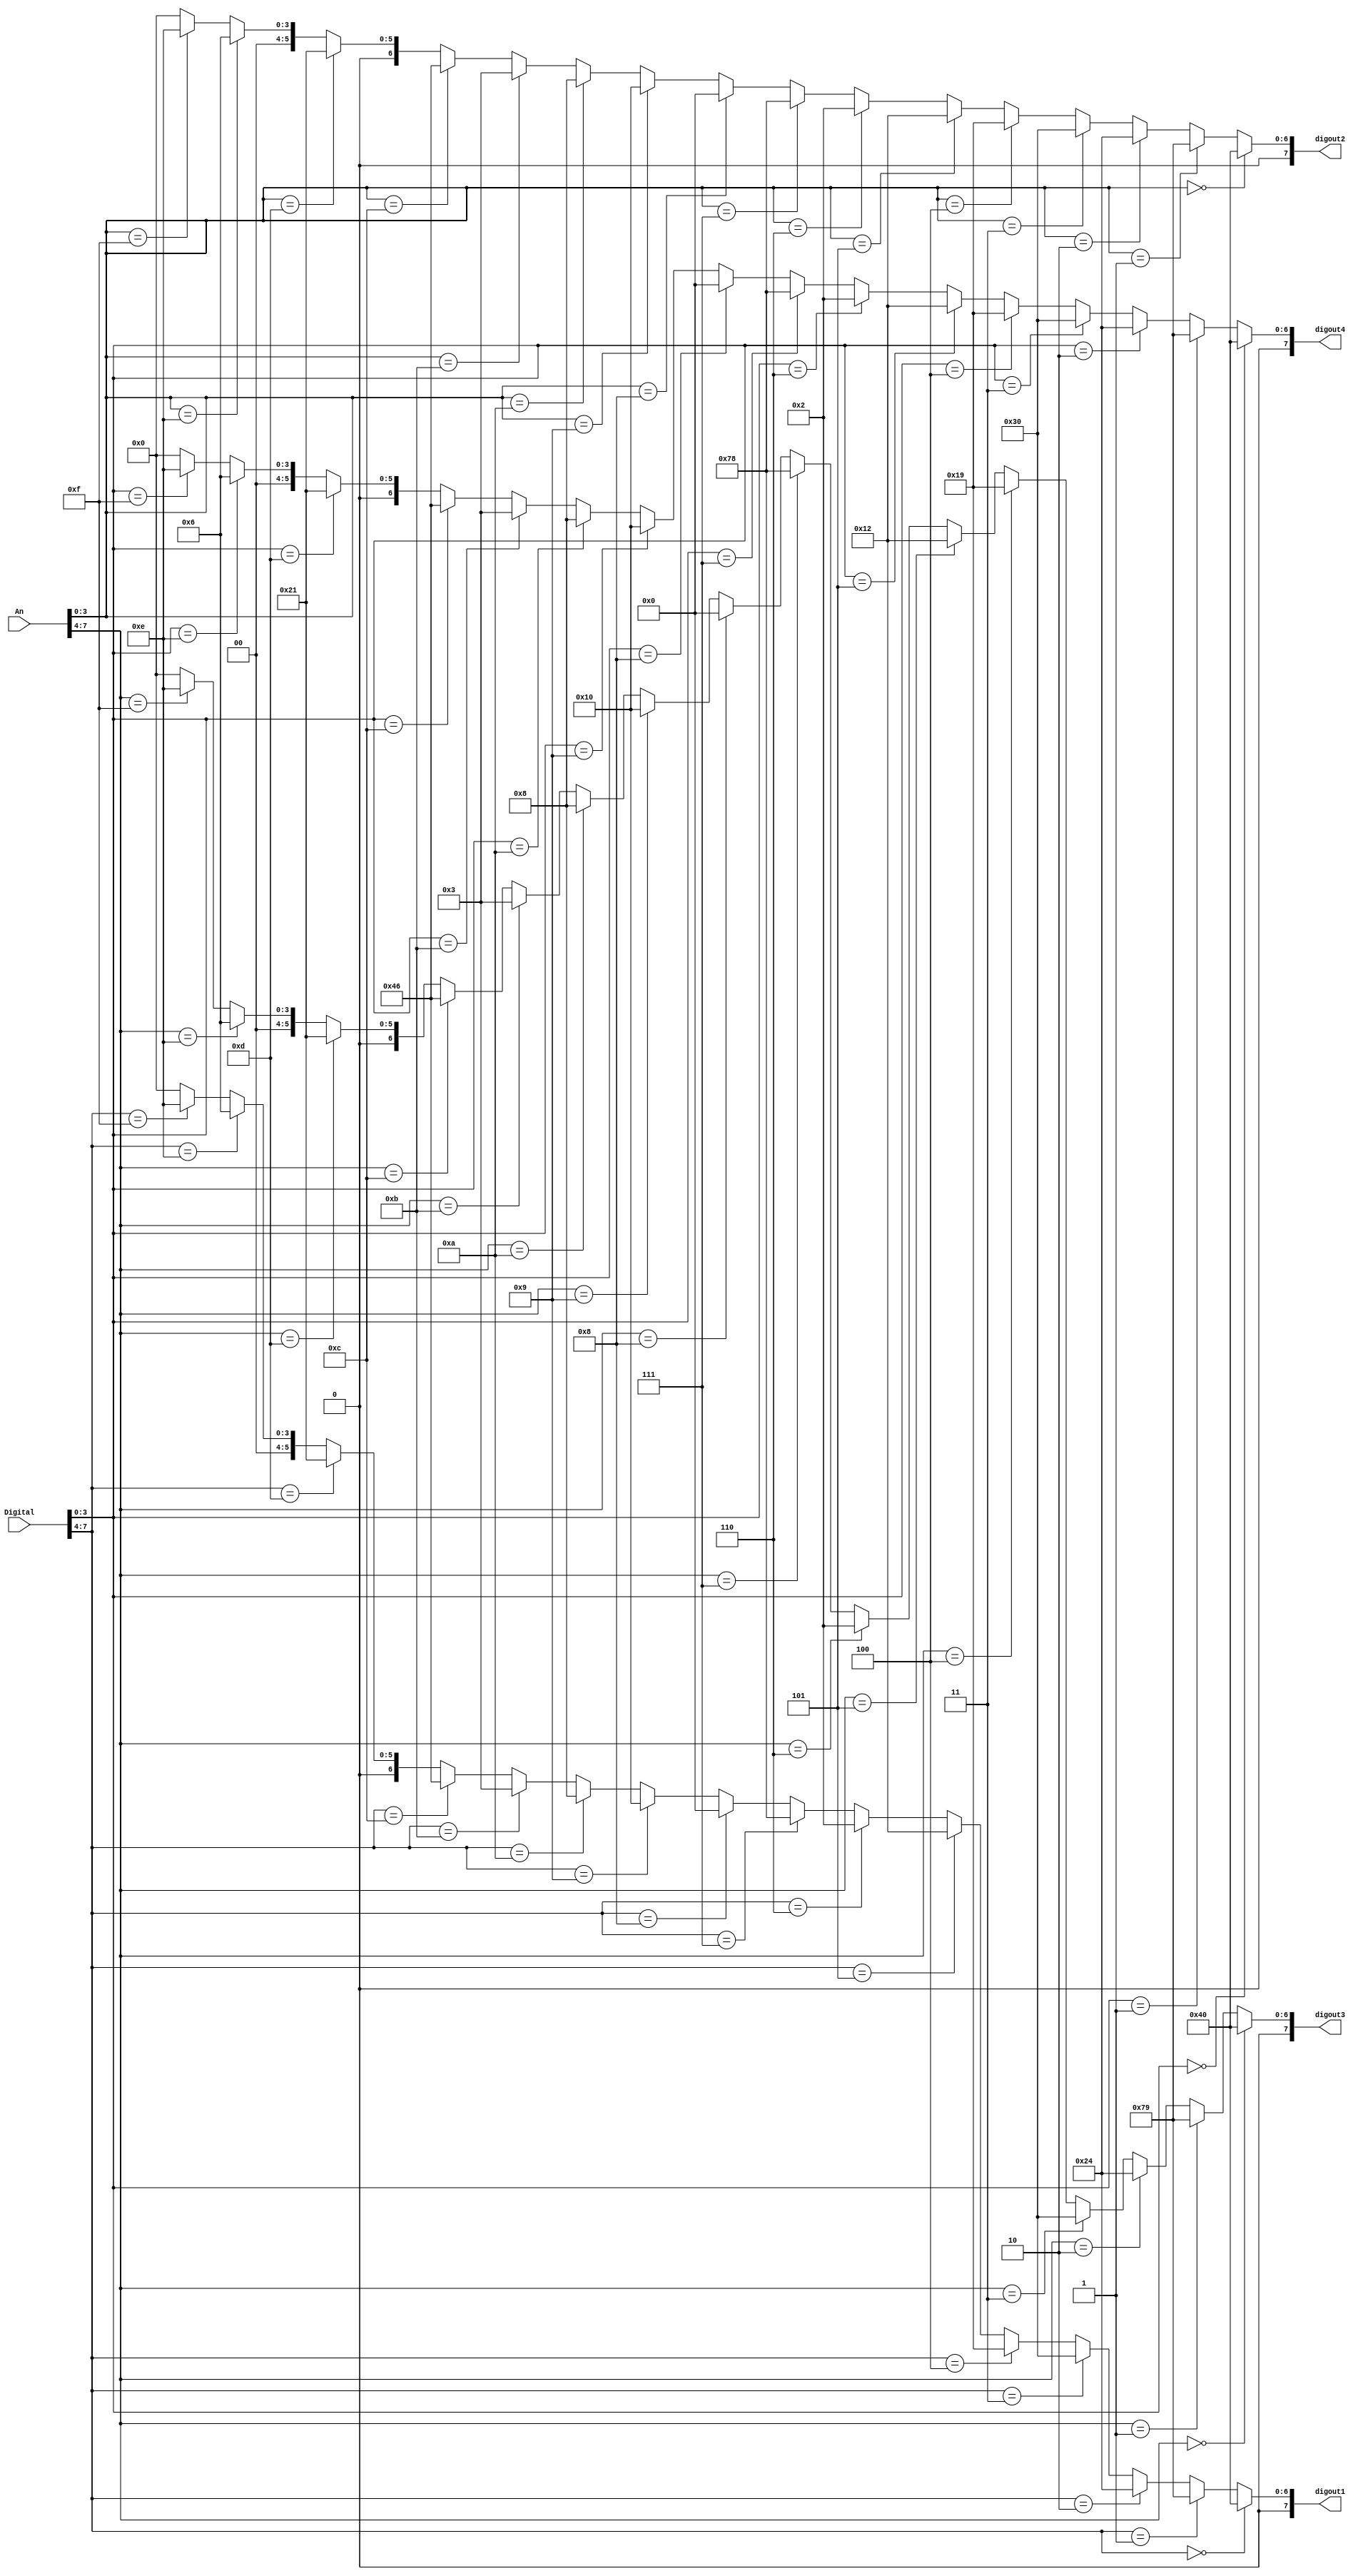
module digitub_scan(An,Digital,digout1,digout2,digout3,digout4);
input[7:0]An,Digital;
output[7:0]digout1,digout2,digout3,digout4;
assign digout2=
             (An[3:0]==4'h0)?7'b1000000:
             (An[3:0]==4'h1)?7'b1111001:
             (An[3:0]==4'h2)?7'b0100100:
             (An[3:0]==4'h3)?7'b0110000:
             (An[3:0]==4'h4)?7'b0011001:
             (An[3:0]==4'h5)?7'b0010010:
             (An[3:0]==4'h6)?7'b0000010:
             (An[3:0]==4'h7)?7'b1111000:
             (An[3:0]==4'h8)?7'b0000000:
             (An[3:0]==4'h9)?7'b0010000:
             (An[3:0]==4'hA)?7'b0001000:
             (An[3:0]==4'hB)?7'b0000011:
             (An[3:0]==4'hC)?7'b1000110:
             (An[3:0]==4'hD)?7'b0100001:
             (An[3:0]==4'hE)?7'b0000110:
             (An[3:0]==4'hF)?7'b0001110:7'b0;
assign digout3=
             (An[7:4]==4'h0)?7'b1000000:
             (An[7:4]==4'h1)?7'b1111001:
             (An[7:4]==4'h2)?7'b0100100:
             (An[7:4]==4'h3)?7'b0110000:
             (An[7:4]==4'h4)?7'b0011001:
             (An[7:4]==4'h5)?7'b0010010:
             (An[7:4]==4'h6)?7'b0000010:
             (An[7:4]==4'h7)?7'b1111000:
             (An[7:4]==4'h8)?7'b0000000:
             (An[7:4]==4'h9)?7'b0010000:
             (An[7:4]==4'hA)?7'b0001000:
             (An[7:4]==4'hB)?7'b0000011:
             (An[7:4]==4'hC)?7'b1000110:
             (An[7:4]==4'hD)?7'b0100001:
             (An[7:4]==4'hE)?7'b0000110:
             (An[7:4]==4'hF)?7'b0001110:7'b0;
assign digout4=
             (Digital[3:0]==4'h0)?7'b1000000:
             (Digital[3:0]==4'h1)?7'b1111001:
             (Digital[3:0]==4'h2)?7'b0100100:
             (Digital[3:0]==4'h3)?7'b0110000:
             (Digital[3:0]==4'h4)?7'b0011001:
             (Digital[3:0]==4'h5)?7'b0010010:
             (Digital[3:0]==4'h6)?7'b0000010:
             (Digital[3:0]==4'h7)?7'b1111000:
             (Digital[3:0]==4'h8)?7'b0000000:
             (Digital[3:0]==4'h9)?7'b0010000:
             (Digital[3:0]==4'hA)?7'b0001000:
             (Digital[3:0]==4'hB)?7'b0000011:
             (Digital[3:0]==4'hC)?7'b1000110:
             (Digital[3:0]==4'hD)?7'b0100001:
             (Digital[3:0]==4'hE)?7'b0000110:
             (Digital[3:0]==4'hF)?7'b0001110:7'b0;
assign digout1=
             (Digital[7:4]==4'h0)?7'b1000000:
             (Digital[7:4]==4'h1)?7'b1111001:
             (Digital[7:4]==4'h2)?7'b0100100:
             (Digital[7:4]==4'h3)?7'b0110000:
             (Digital[7:4]==4'h4)?7'b0011001:
             (Digital[7:4]==4'h5)?7'b0010010:
             (Digital[7:4]==4'h6)?7'b0000010:
             (Digital[7:4]==4'h7)?7'b1111000:
             (Digital[7:4]==4'h8)?7'b0000000:
             (Digital[7:4]==4'h9)?7'b0010000:
             (Digital[7:4]==4'hA)?7'b0001000:
             (Digital[7:4]==4'hB)?7'b0000011:
             (Digital[7:4]==4'hC)?7'b1000110:
             (Digital[7:4]==4'hD)?7'b0100001:
             (Digital[7:4]==4'hE)?7'b0000110:
             (Digital[7:4]==4'hF)?7'b0001110:7'b0;
				 endmodule